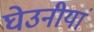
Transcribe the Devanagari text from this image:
घेउनीयां